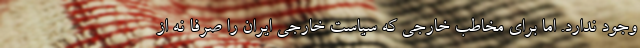
وجود ندارد. اما برای مخاطب خارجی که سیاست خارجی ایران را صرفا نه از